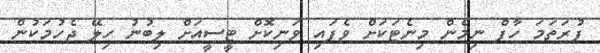
ފުރަތަމަ ހާފް ނިމެން މިނެޓަކަށް ވެފައި ވަނިކޮށް ޓީސީއަށް ލިބުނު ހިލޭ ޖެހުމަކުން